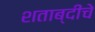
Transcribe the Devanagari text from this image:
शताब्दीचे